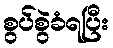
စွပ်စွဲခံရပြီး